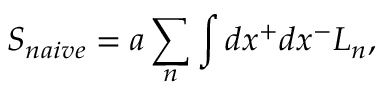
S _ { n a i v e } = a \sum _ { n } \int d x ^ { + } d x ^ { - } { \cal L } _ { n } ,